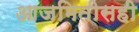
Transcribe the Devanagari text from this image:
आजमितीसही